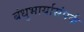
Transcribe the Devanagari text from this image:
बंधुभार्यासंपर्क